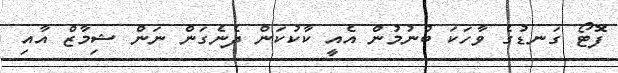
ފޮޓޯ ގަނޑުގެ ވާހަކަ ބުނުމުން އެއީ ކާކުކަން ދެނެގަން ނަން ޝިމާޒް އާއި